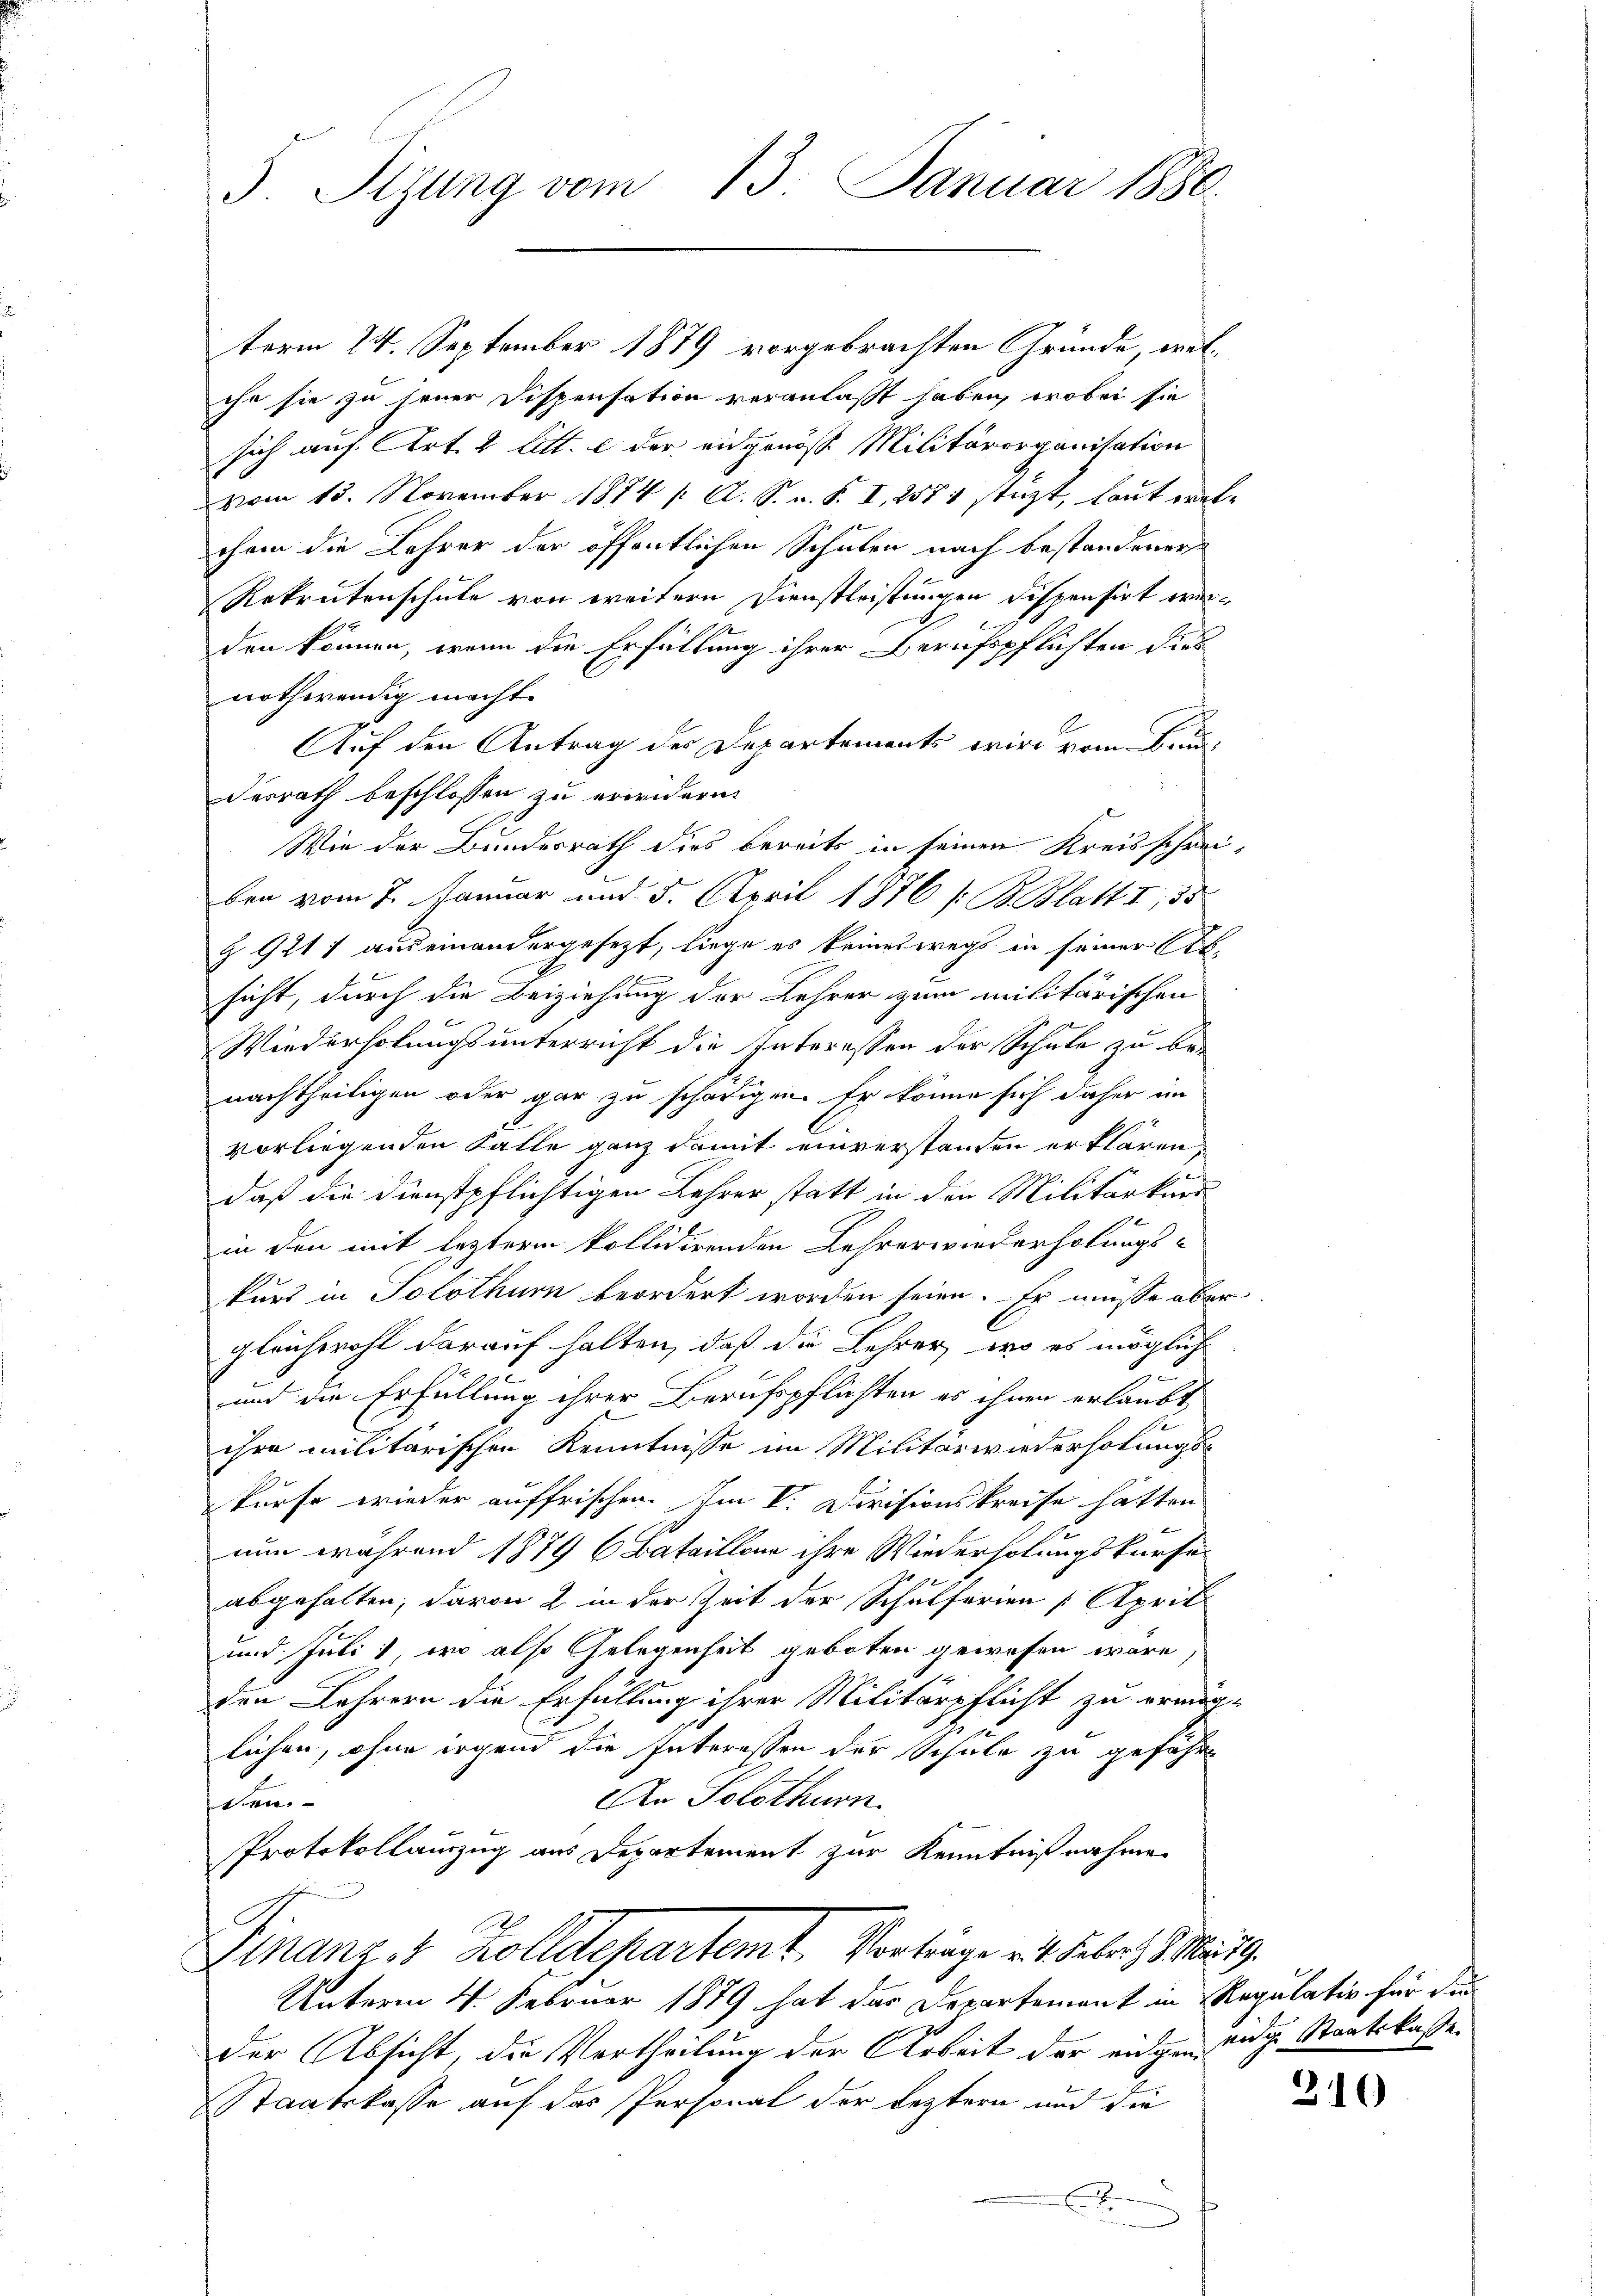
5. Sizung vom 13. Januar 1880.

term 24. September 1879 vorgebrachten Gründe, welche sie zu jener Dispensation veranlaßt haben, wobei sie
sich auf Art. 2 litt. e der eidgenösse Militärorganitation
vom 15. November 1874 / A. S. u. S. I, 257 1 stützt, laut eretchem die Lehrer der öffentlichen Schulen nach bestandener
Rekrutenschule von weitern Dienstleistungen dispensirt werden können, wenn die Erfüllung ihrer Berufspflichten dies
nothwendig macht.
Auf den Antrag des Departements wird vom Bund
Desrath beschlossen zu erwidern.
Wie der Bundesrath dies bereits in seinen Kreisschreiben vom 7. Januar und 5. April 1876 / B. Blatt I, 55
§ 921 auseinandergesezt, liege es keineswegs in seiner Absicht, durch die Beiziehung der Lehrer zum militärischen
Wiederholungsunterricht die Interessen der Schule zu be-
nachtheiligen oder gar zu schädigen. Er könne sich daher im
vorliegenden Falle ganz damit einverstanden erklären
daß die Dienstpflichtigen Lehrer statt in den Militärkurs
in den mit letzteren kollidirenden Lehrerwiederholungs-
kurs in Solothurn beordert worden seien. Er müsse aber
gleichwohl darauf halten, daß die Lehrer, wo es möglich
1
.
und die Erfüllung ihrer Berufspflichten es ihnen erlaubt,
ihre militärischen Kenntnisse im Militarwiederholungskurse wieder auffrischen. Im V. Divisionskreise hätten
nun während 1879 6 Bataillon ihre Wiederholungskurse
abgehalten; davon 2 in der Zeit der Schulferien [April
und Juli), wo also Gelegenheit geboten gewesen wäre,
den Lehrern die Erfüllung ihrer Militärpflicht zu ermög
lichen, ohne irgend die Interessen der Schule zu gefähr
An Solothurn.
den- |
Protokollauszug aus Departement zur Kenntnißnahme
Finanz, 1 Zolldepartemt. Vorträge mit Febr. Mitg
Unterm 4. Februar 1879 hat das Departement in Regulativ für die
der Absicht, die Vertheilung der Arbeit der eingen Eidg. Staatskasse
Staatskasse auf das Personal der leztern und die
.

2
n
x

310